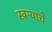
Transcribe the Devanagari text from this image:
खऱ्याचे